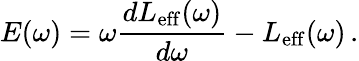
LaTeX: E(\omega)=\omega\frac{dL_{\mathrm{eff}}(\omega)}{d\omega}-L_{\mathrm{eff}}(\omega)\, .